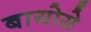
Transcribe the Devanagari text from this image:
बायोसे